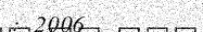
: 2006